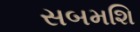
સબમશિ